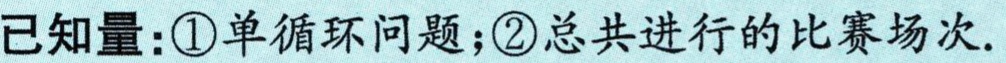
已知量：\textcircled{1}单循环问题；\textcircled{2}总共进行的比赛场次.